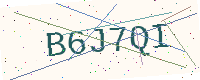
Text: B6J7QI